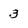
Character: 3